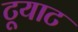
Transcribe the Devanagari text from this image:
टूयाट